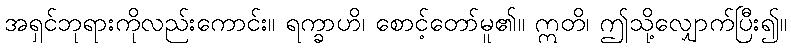
အရှင်ဘုရားကိုလည်းကောင်း။ ရက္ခာဟိ၊ စောင့်တော်မူ၏။ ဣတိ၊ ဤသို့လျှောက်ပြီး၍။